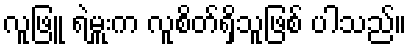
လူဖြူ ရဲမှူးက လူစိတ်ရှိသူဖြစ် ပါသည်။